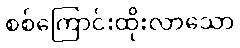
စစ်ကြောင်းထိုးလာသော